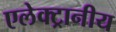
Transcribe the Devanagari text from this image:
एलेक्ट्रानीय